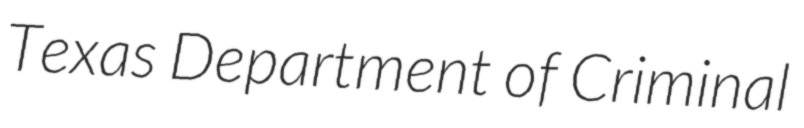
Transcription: Texas Department of Criminal